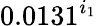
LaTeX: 0.0131^{i_{1}}